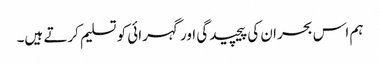
ہم اس بحران کی پیچیدگی اور گہرائی کو تسلیم کرتے ہیں۔